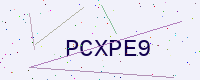
Text: PCXPE9